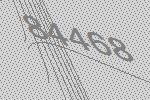
84468